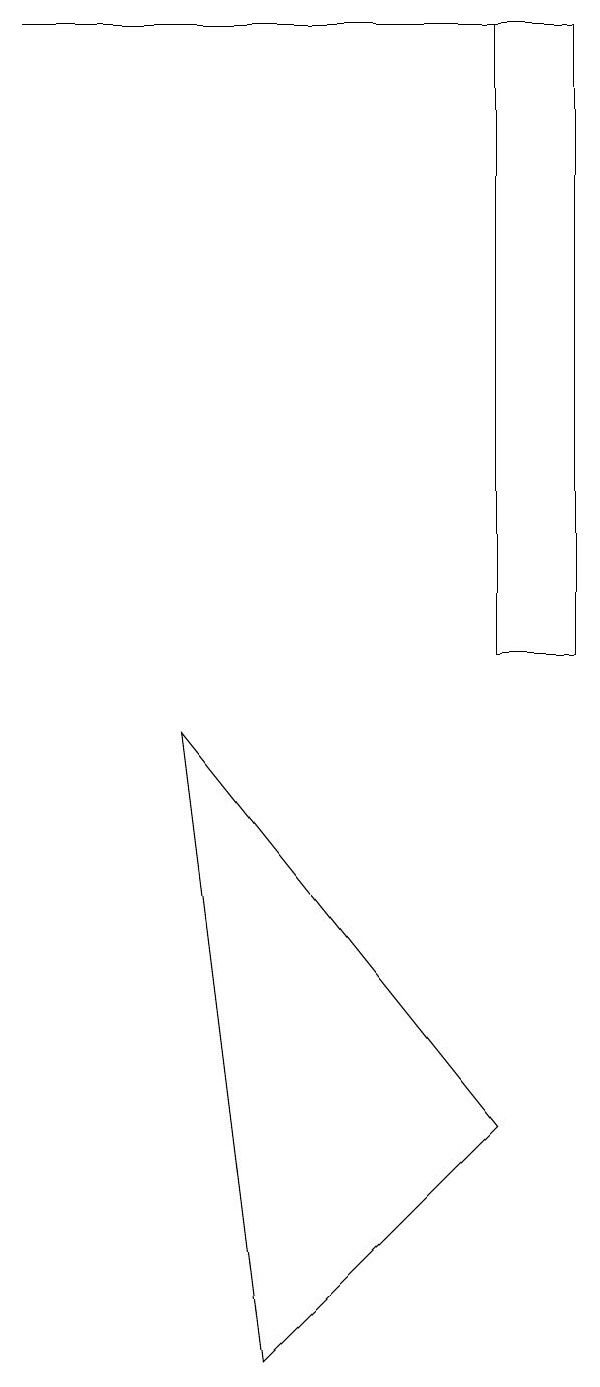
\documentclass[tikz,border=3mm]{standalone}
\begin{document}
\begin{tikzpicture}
\draw (7,4) -- (4,1) -- (3,9) -- cycle;
\draw (7,10) rectangle (8,18);
\draw (1,18) rectangle (7,18);
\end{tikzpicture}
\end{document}